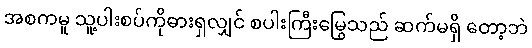
အစကမူ သူ့ပါးစပ်ကိုဓားရှလျှင် စပါးကြီးမြွေသည် ဆက်မရှိ တော့ဘဲ